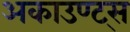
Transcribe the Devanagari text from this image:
अकाउण्ट्स